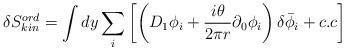
LaTeX: \begin{align*}\delta S^{ord}_{kin}=\int dy\sum_i\left[\left(D_1\phi_i+\frac{i\theta}{2\pi r}\partial_0\phi_i\right)\delta{\bar \phi_i}+c.c\right]\end{align*}